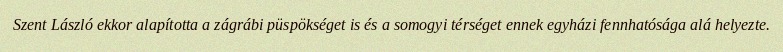
Szent László ekkor alapította a zágrábi püspökséget is és a somogyi térséget ennek egyházi fennhatósága alá helyezte.